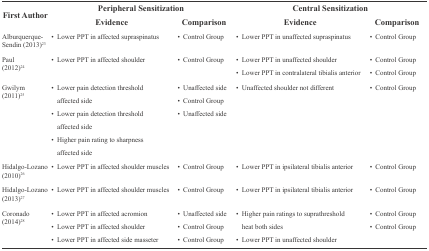
| First Author | <COLSPAN=2> Peripheral Sensitization | <COLSPAN=2> Central Sensitization |
 |  | Evidence | Comparison | Evidence | Comparison |
 | --- | --- | --- | --- | --- |
 | Alburquerque-Sendin (2013)23 | • Lower PPT in affected supraspinatus | • Control Group | • Lower PPT in unaffected supraspinatus | • Control Group |
 | Paul (2012)24 | • Lower PPT in affected shoulder | • Control Group | • Lower PPT in unaffected shoulder • Lower PPT in contralateral tibialis anterior | • Control Group• ControlGroup |
 | Gwilym (2011)25 | • Lower pain detection threshold affectedside • Lower pain detection threshold affected side•Higher pain rating to sharpness affected side | • Unaffected side• Control Group • Unaffected side | • Unaffected shoulder not different | • Control Group |
 | Hidalgo-Lozano (2010)26 | • Lower PPT in affected shouldermuscles | • Control Group | • Lower PPT in ipsilateral tibialisanterior | • Control Group |
 | Hidalgo-Lozano (2013)27 | • Lower PPT in affected shouldermuscles | • Control Group | • Lower PPT in ipsilateral tibialisanterior | • Control Group |
 | Coronado (2014)28 | • Lower PPT in affected acromion•Lower PPT in affected shoulder• Lower PPT in affected sidemasseter | • Unaffected side• Control Group • Control Group | • Higher pain ratings to suprathreshold heatboth sides• Lower PPT in unaffected shoulder | • Control Group• ControlGroup |